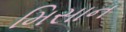
મિસાન